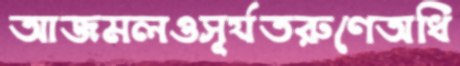
আজমলওসূর্যতরুণেঅধি